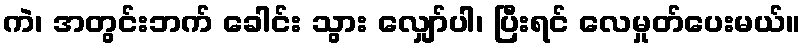
ကဲ၊ အတွင်းဘက် ခေါင်း သွား လျှော်ပါ၊ ပြီးရင် လေမှုတ်ပေးမယ်။